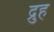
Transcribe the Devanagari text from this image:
द्रुह